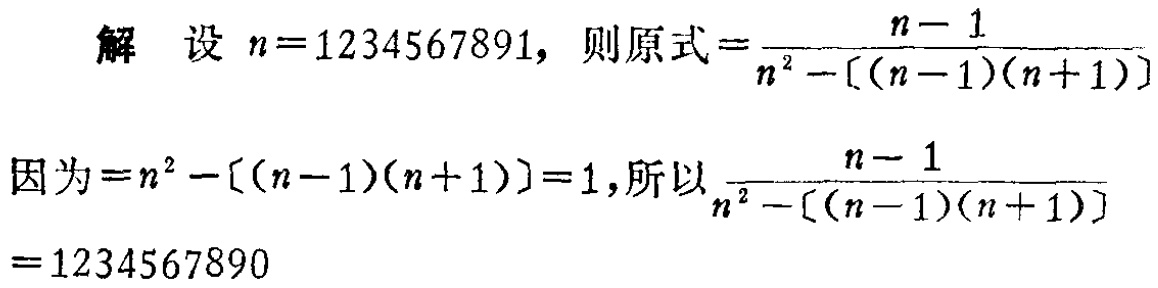
解 设 \(n = 1234567891\)，则原式\(=\frac{n - 1}{n^{2}-[(n - 1)(n + 1)]}\)

因为\(=n^{2}-[(n - 1)(n + 1)] = 1\)，所以\(\frac{n - 1}{n^{2}-[(n - 1)(n + 1)]}\)

\(=1234567890\)